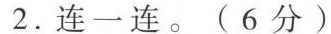
2.连一连。(6分)